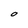
Character: O